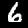
Label: 6